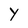
Character: Y